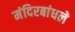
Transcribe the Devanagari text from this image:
मंदिरबांधले